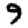
Digit: 9